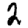
Digit: 2